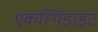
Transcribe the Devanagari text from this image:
एकस्पिडाइट